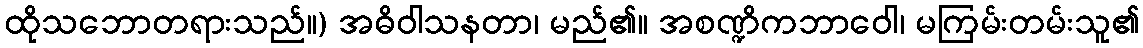
ထိုသဘောတရားသည်။) အဓိဝါသနတာ၊ မည်၏။ အစဏ္ဍိကဘာဝေါ၊ မကြမ်းတမ်းသူ၏